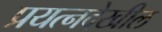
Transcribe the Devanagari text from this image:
प्रयत्नदेखील